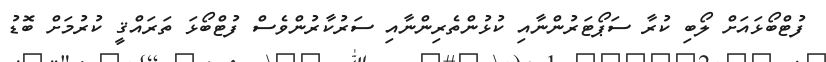
ފުޓްބޯޅައަށް ލޯބި ކުރާ ސަޕޯޓަރުންނާއި ކުޅުންތެރިންނާއި ސަރުކާރުންވެސް ފުޓްބޯޅަ ތަރައްޤީ ކުރުމަށް ބޮޑު